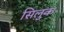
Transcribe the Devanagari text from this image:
सिलुक